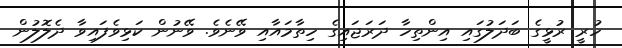
ހުރީ ރުޅީގެ ބަދަލުގައި އިންތިހާ ދަރަޖައިގެ ހިތާމައާއި ވޭނެވެ. ވޭނުން ކަޅިވެފައިވާ ދެލޮލުން